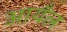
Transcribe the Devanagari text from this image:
आयँल